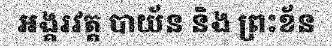
អង្គរវត្ត បាយ័ន និង ព្រះខ័ន